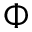
\Phi